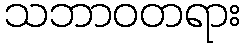
သဘာဝတရား